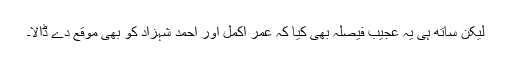
لیکن ساتھ ہی یہ عجیب فیصلہ بھی کیا کہ عمر اکمل اور احمد شہزاد کو بھی موقع دے ڈالا۔